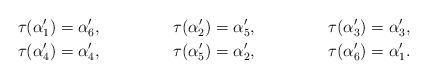
\begin{align*}\tau(\alpha'_1) &= \alpha'_6,&\tau(\alpha'_2) &= \alpha'_5,&\tau(\alpha'_3) &= \alpha'_3,\\\tau(\alpha'_4) &= \alpha'_4,&\tau(\alpha'_5) &= \alpha'_2,&\tau(\alpha'_6) &= \alpha'_1.\end{align*}